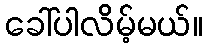
ခေါ်ပါလိမ့်မယ်။